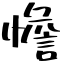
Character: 憺